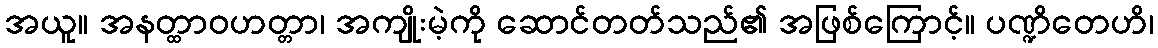
အယူ။ အနတ္ထာဝဟတ္တာ၊ အကျိုးမဲ့ကို ဆောင်တတ်သည်၏ အဖြစ်ကြောင့်။ ပဏ္ဍိတေဟိ၊